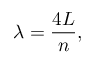
\lambda = { \frac { 4 L } { n } } ,